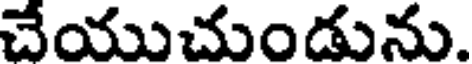
చేయుచుండును.